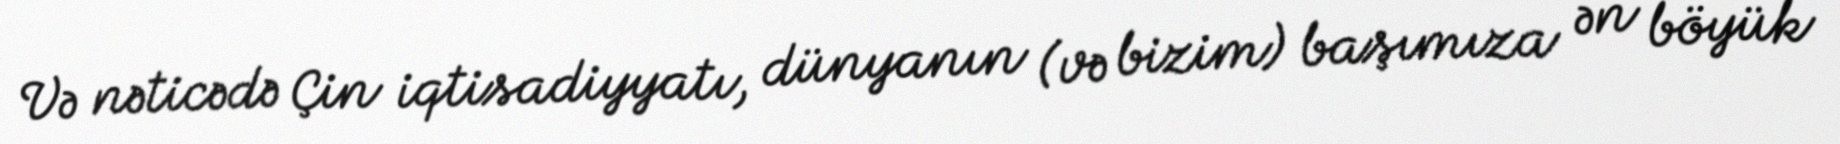
Və nəticədə Çin iqtisadiyyatı, dünyanın (və bizim) başımıza ən böyük